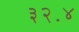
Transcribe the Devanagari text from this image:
३२॰४